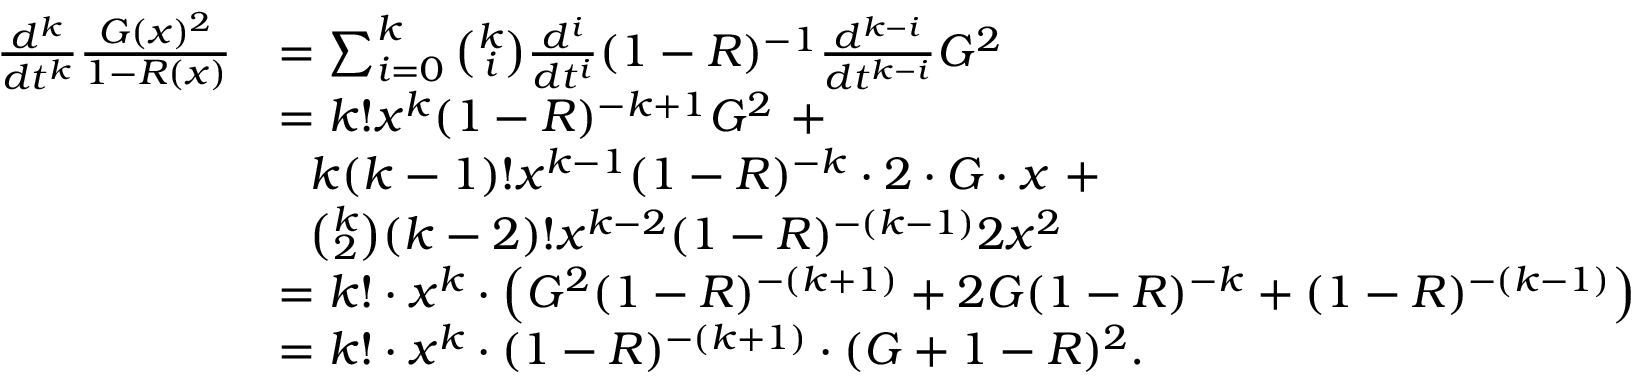
\begin{array} { r l } { \frac { d ^ { k } } { d t ^ { k } } \frac { G ( x ) ^ { 2 } } { 1 - R ( x ) } } & { = \sum _ { i = 0 } ^ { k } { \binom { k } { i } } \frac { d ^ { i } } { d t ^ { i } } ( 1 - R ) ^ { - 1 } \frac { d ^ { k - i } } { d t ^ { k - i } } G ^ { 2 } } \\ & { = k ! x ^ { k } ( 1 - R ) ^ { - k + 1 } G ^ { 2 } \ + } \\ & { \ \ k ( k - 1 ) ! x ^ { k - 1 } ( 1 - R ) ^ { - k } \cdot 2 \cdot G \cdot x \ + } \\ & { \ \ { \binom { k } { 2 } } ( k - 2 ) ! x ^ { k - 2 } ( 1 - R ) ^ { - ( k - 1 ) } 2 x ^ { 2 } } \\ & { = k ! \cdot x ^ { k } \cdot \left( G ^ { 2 } ( 1 - R ) ^ { - ( k + 1 ) } + 2 G ( 1 - R ) ^ { - k } + ( 1 - R ) ^ { - ( k - 1 ) } \right) } \\ & { = k ! \cdot x ^ { k } \cdot ( 1 - R ) ^ { - ( k + 1 ) } \cdot ( G + 1 - R ) ^ { 2 } . } \end{array}